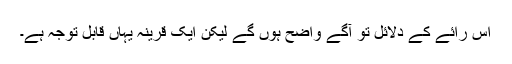
اس رائے کے دلائل تو آگے واضح ہوں گے لیکن ایک قرینہ یہاں قابل توجہ ہے۔